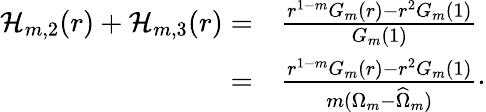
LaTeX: \begin{array}{rl}{\mathcal{H}_{m,2}(r)+\mathcal{H}_{m,3}(r)=}&{\frac{r^{1-m}G_{m}(r)-r^{2}G_{m}(1)}{G_{m}(1)}}\\ {=}&{\frac{r^{1-m}G_{m}(r)-r^{2}G_{m}(1)}{m({\Omega_{m}}-\widehat{{\Omega}}_{m})}\cdot}\end{array}